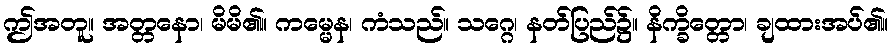
ဤအတူ။ အတ္တနော၊ မိမိ၏။ ကမ္မေန၊ ကံသည်။ သဂ္ဂေ၊ နတ်ပြည်၌။ နိက္ခိတ္တော၊ ချထားအပ်၏။